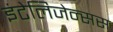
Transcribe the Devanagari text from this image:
इंटेलिजेन्सस